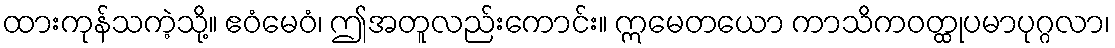
ထားကုန်သကဲ့သို့။ ဧဝံမေဝံ၊ ဤအတူလည်းကောင်း။ ဣမေတယော ကာသိကဝတ္ထုပမာပုဂ္ဂလာ၊